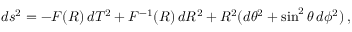
d s ^ { 2 } = - F ( R ) \, d T ^ { 2 } + F ^ { - 1 } ( R ) \, d R ^ { 2 } + R ^ { 2 } ( d \theta ^ { 2 } + \sin ^ { 2 } \theta \, d \phi ^ { 2 } ) \: ,